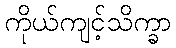
ကိုယ်ကျင့်သိက္ခာ